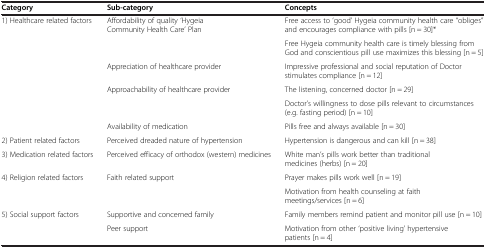
<table><thead><tr><td><b>Category</b></td><td><b>Sub-category</b></td><td><b>Concepts</b></td></tr></thead><tbody><tr><td rowspan="2">1) Healthcare related factors</td><td rowspan="2">Affordability of quality ‘Hygeia Community Health Care’ Plan</td><td>Free access to ‘good’ Hygeia community health care “obliges” and encourages compliance with pills [n = 30]*</td></tr><tr><td>Free Hygeia community health care is timely blessing from God and conscientious pill use maximizes this blessing [n = 5]</td></tr><tr><td rowspan="3"></td><td>Appreciation of healthcare provider</td><td>Impressive professional and social reputation of Doctor stimulates compliance [n = 12]</td></tr><tr><td rowspan="2">Approachability of healthcare provider</td><td>The listening, concerned doctor [n = 29]</td></tr><tr><td>Doctor’s willingness to dose pills relevant to circumstances (e.g. fasting period) [n = 10]</td></tr><tr><td></td><td>Availability of medication</td><td>Pills free and always available [n = 30]</td></tr><tr><td>2) Patient related factors</td><td>Perceived dreaded nature of hypertension</td><td>Hypertension is dangerous and can kill [n = 38]</td></tr><tr><td>3) Medication related factors</td><td>Perceived efficacy of orthodox (western) medicines</td><td>White man’s pills work better than traditional medicines (herbs) [n = 20]</td></tr><tr><td>4) Religion related factors</td><td>Faith related support</td><td>Prayer makes pills work well [n = 19]</td></tr><tr><td></td><td></td><td>Motivation from health counseling at faith meetings/services [n = 6]</td></tr><tr><td>5) Social support factors</td><td>Supportive and concerned family</td><td>Family members remind patient and monitor pill use [n = 10]</td></tr><tr><td></td><td>Peer support</td><td>Motivation from other ‘positive living’ hypertensive patients [n = 4]</td></tr></tbody></table>